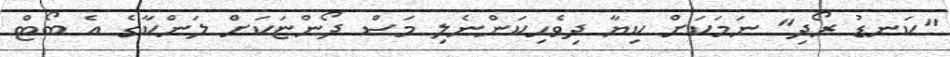
"ކަނޑު ރޯދި" ނަމަކަށް ކިޔާ ދިވެހިކަންނެލި މަސް ދޯންޏަކަށް ލަންކާގެ އެ ބޯޓް